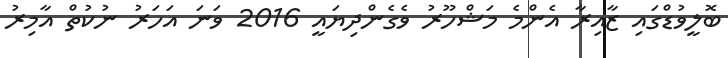
ބޮލީވުޑްގައި ޒާއިރާ އެންމެ މަޝްހޫރު ވެގެންދިޔައީ 2016 ވަނަ އަހަރު ނުކުތް އާމިރު